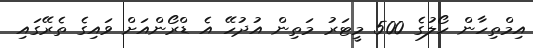
އިމްތިހާން ހޯލުގެ 500 މީޓަރު މަތިން އުދުހޭ އެ ޑްރޯންއަށް ވައިގެ ތެރޭގައި